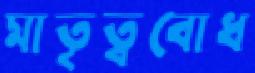
মাতৃত্ববোধ